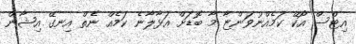
އިޓްސް އޯކޭ ކަމެއްނުވަންޏާ މާ ބޮޑަށް އަޅާލާނެ ކަމެއް ނެތް އިނގޭ އިޝާން